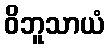
ဝိဘူသာယံ